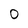
Character: 0